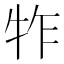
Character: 㸲